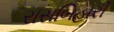
રાસબિહારી